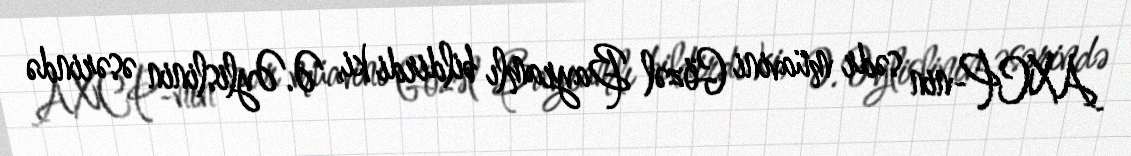
AXCP-nin sədr müavini Gözəl Bayramlı bildirdi ki, Ə.Əylislinin əsərində